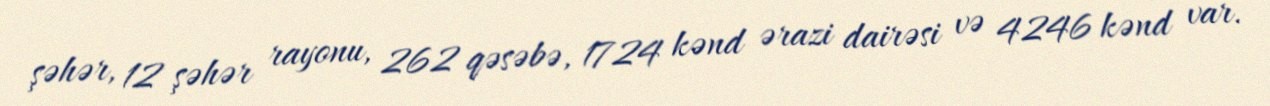
şəhər, 12 şəhər rayonu, 262 qəsəbə, 1724 kənd ərazi dairəsi və 4246 kənd var.